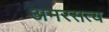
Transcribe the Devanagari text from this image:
अमरसत्य